Vaccination in the Punjab 1897-1904 - 1897-1904
Year: 1897
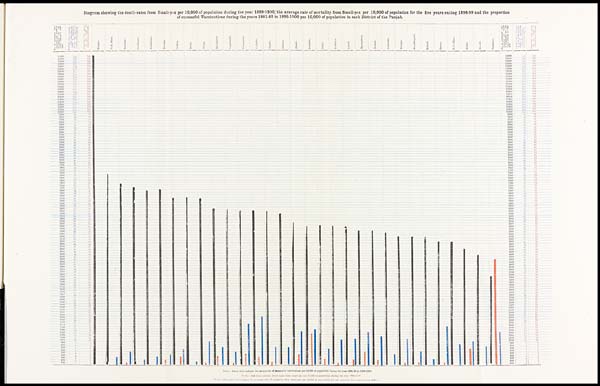
Diagram showing the death-rates from Small-pox per 10,000 of population during the year 1899-1900, the average rate of mortality from Small-pox per 10,000 of population for the five years ending 1898-99 and the proportion
of successful Vaccinations during the years 1881-82 to 1899-1900 per 10,000 of population in each District of the Punjab.
NOTE.— Black lines indicate the proportion of sucessful vaccinations per 10,000 of population during the year 1891-82 to 1899-1900.
NOTE.—Red lines indicate death-rates from small-pox per 10,000 of population during the year 1899-1900.
NOTE.—The blue, lines indicate the average rate of mortality from small-pox per 10,000 of population for the previous five years ending 1898-99